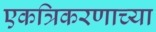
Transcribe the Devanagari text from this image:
एकत्रिकरणाच्या